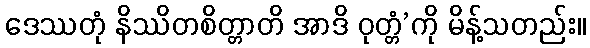
ဒေဿတုံ နိဿိတစိတ္တာတိ အာဒိ ဝုတ္တံ’ကို မိန့်သတည်း။